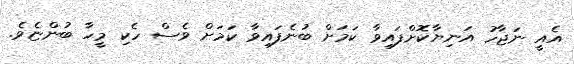
އެއީ ނަޖާހު އަނިޔާކޮށްފައިވާ ކަމަށް ބުނެފައިވާ ކަމަށް ވެސް ހެކި މީހާ ބުންޏެވެ.